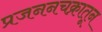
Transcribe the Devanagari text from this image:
प्रजननचक्रातून